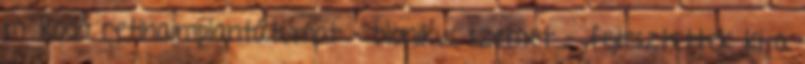
működő retinaimplantátumot - bionikus szemet - fejlesztettek ki a